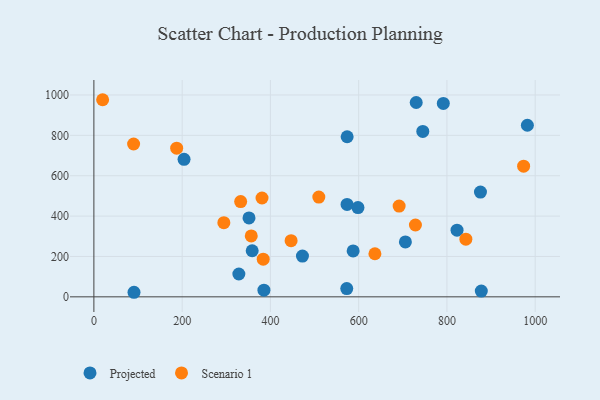
{"axis": {"x": "Study Hours", "y": "Fuel Efficiency"}, "legend": ["Projected", "Scenario 1"], "data": [{"x": "587.5", "y": 227.3, "type": "Projected"}, {"x": "90.9", "y": 22.6, "type": "Projected"}, {"x": "573.7", "y": 457.9, "type": "Projected"}, {"x": "598.4", "y": 442.0, "type": "Projected"}, {"x": "730.4", "y": 962.8, "type": "Projected"}, {"x": "328.5", "y": 113.2, "type": "Projected"}, {"x": "745.3", "y": 819.6, "type": "Projected"}, {"x": "705.9", "y": 272.1, "type": "Projected"}, {"x": "472.6", "y": 201.7, "type": "Projected"}, {"x": "204.3", "y": 681.3, "type": "Projected"}, {"x": "791.8", "y": 958.0, "type": "Projected"}, {"x": "573.9", "y": 793.2, "type": "Projected"}, {"x": "573.0", "y": 40.8, "type": "Projected"}, {"x": "876.0", "y": 519.2, "type": "Projected"}, {"x": "982.3", "y": 850.1, "type": "Projected"}, {"x": "822.9", "y": 330.1, "type": "Projected"}, {"x": "358.7", "y": 228.4, "type": "Projected"}, {"x": "877.9", "y": 28.6, "type": "Projected"}, {"x": "385.3", "y": 33.2, "type": "Projected"}, {"x": "351.5", "y": 391.0, "type": "Projected"}, {"x": "90.0", "y": 757.1, "type": "Scenario 1"}, {"x": "294.5", "y": 367.2, "type": "Scenario 1"}, {"x": "383.7", "y": 186.5, "type": "Scenario 1"}, {"x": "381.0", "y": 489.6, "type": "Scenario 1"}, {"x": "973.8", "y": 647.2, "type": "Scenario 1"}, {"x": "728.6", "y": 356.0, "type": "Scenario 1"}, {"x": "187.6", "y": 736.4, "type": "Scenario 1"}, {"x": "446.9", "y": 278.4, "type": "Scenario 1"}, {"x": "332.6", "y": 471.7, "type": "Scenario 1"}, {"x": "636.8", "y": 213.4, "type": "Scenario 1"}, {"x": "356.6", "y": 302.0, "type": "Scenario 1"}, {"x": "19.8", "y": 976.5, "type": "Scenario 1"}, {"x": "509.7", "y": 494.1, "type": "Scenario 1"}, {"x": "691.7", "y": 449.4, "type": "Scenario 1"}, {"x": "842.9", "y": 285.8, "type": "Scenario 1"}]}